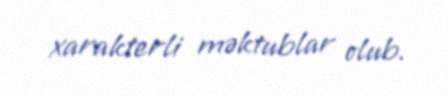
xarakterli məktublar olub.